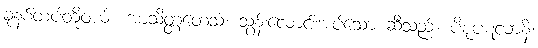
ခုနစ်ထပ်တို့ဝယ်။ အာသိတ္တတေသံ၊ သွန်းလောင်းအပ်သော ဆီသည်။ ပိစုပဋလာနိ၊